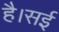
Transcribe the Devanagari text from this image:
है।सई